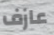
عازف